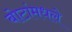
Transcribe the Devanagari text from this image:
बोटांमधले